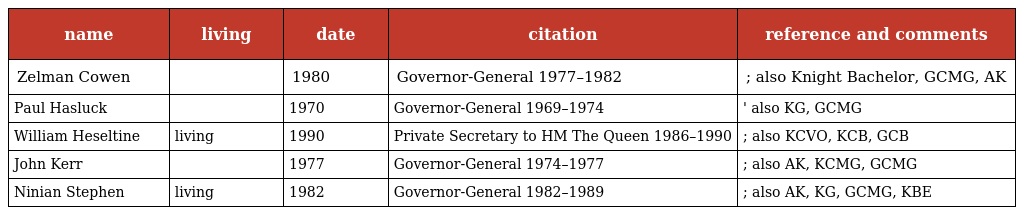
| name | living | date | citation | reference and comments |
 | --- | --- | --- | --- | --- |
 | Zelman Cowen |  | 1980 | Governor-General 1977–1982 | ; also Knight Bachelor, GCMG, AK |
 | Paul Hasluck |  | 1970 | Governor-General 1969–1974 | ' also KG, GCMG |
 | William Heseltine | living | 1990 | Private Secretary to HM The Queen 1986–1990 | ; also KCVO, KCB, GCB |
 | John Kerr |  | 1977 | Governor-General 1974–1977 | ; also AK, KCMG, GCMG |
 | Ninian Stephen | living | 1982 | Governor-General 1982–1989 | ; also AK, KG, GCMG, KBE |